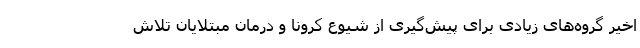
اخیر گروه‌های زیادی برای پیش‌گیری از شیوع کرونا و درمان مبتلایان تلاش